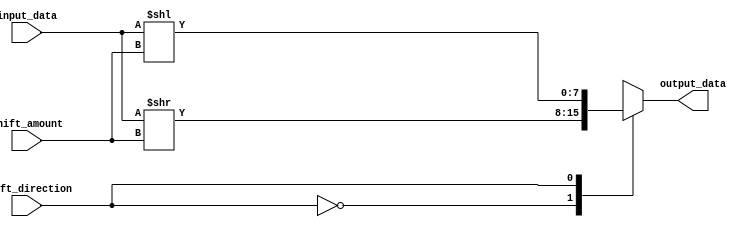
module Barrel_Shifter (
    input wire [7:0] input_data,
    input wire [2:0] shift_amount,
    input wire shift_direction, // 0 for right shift, 1 for left shift
    output reg [7:0] output_data
);

reg [7:0] shifted_data;

always @(*) begin
    case (shift_direction)
        0: shifted_data = input_data >> shift_amount; // right shift
        1: shifted_data = input_data << shift_amount; // left shift
    endcase
end

assign output_data = shifted_data;

endmodule